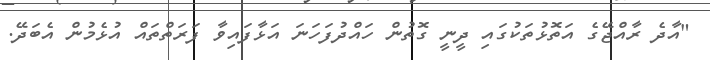
"އާދެ ރާއްޖޭގެ އަތޮޅުތަކުގައި ދީނީ ގޮތުން ހައްދުފަހަނަ އަޅާފައިވާ ފަރަތްތައް އުޅެމުން އެބަދޭ.